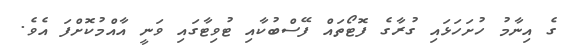
ގެ އިނާމު ހުށަހަޅައި ގުރާގެ ފޮޓޯތައް ފޭސްބުކާއި ޓުވިޓާގައި ވަނީ އާއްމުކޮށްފަ އެވެ.